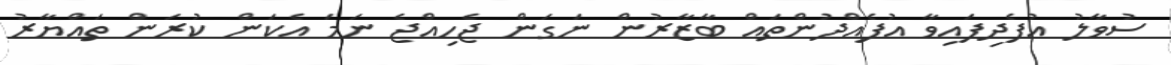
ސުވާލު އުފެދިފައިވާ އުފެއްދުންތައް ބާޒާރުން ނަގަން ޖެހިއްޖެ ނަމަ އެކަން ކުރަން ތައްޔާރު